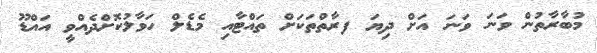
މުބާރާތުން ވަނަ ވަނަ އަށް ދިޔަ ފރާތްތަކަށް ތައްޓާއި މެޑެލް ހަވާލުކޮށްދެއްވީ އައްޑޫ